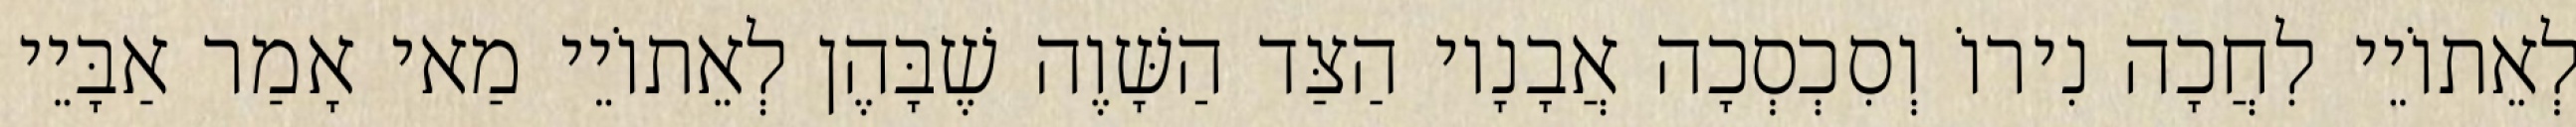
לְאֵתוֹיֵי לִחֲכָה נִירוֹ וְסִכְסְכָה אֲבָנָיו הַצַּד הַשָּׁוֶה שֶׁבָּהֶן לְאֵתוֹיֵי מַאי אָמַר אַבָּיֵי